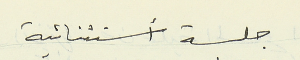
جلسة أستثنائية